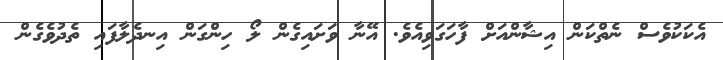
އެކަކުވެސް ނެތްކަން އިޝާންއަށް ފާހަގަވިއެވެ. އޭނާ ވަށައިގެން ލޯ ހިންގަން އިނދެލާފައި ތެދުވެގެން